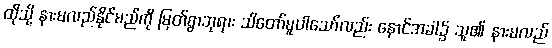
ထိုသို့ နားမလည်နိုင်မည်ကို မြတ်စွာဘုရား သိတော်မူပါသော်လည်း နောင်အခါ၌ သူ၏ နားမလည်